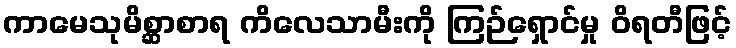
ကာမေသုမိစ္ဆာစာရ ကိလေသာမီးကို ကြဉ်ရှောင်မှု ဝိရတီဖြင့်